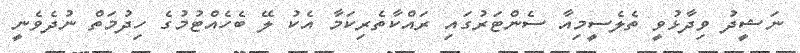
ނަޝީދު ވިދާޅުވީ ތެލެސީމިއާ ސެންޓަރުގައި ރައްކާތެރިކަމާ އެކު ލޭ ބެހެއްޓުމުގެ ހިދުމަތް ނުދެވެނީ